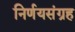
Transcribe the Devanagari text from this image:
निर्णयसंग्रह